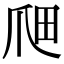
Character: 𤔉